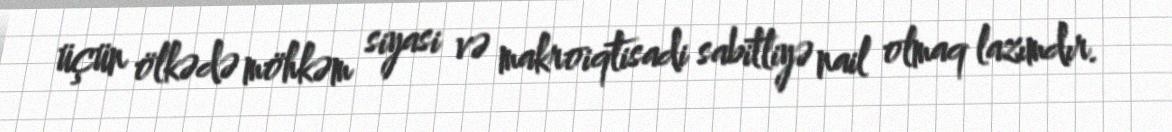
üçün ölkədə möhkəm siyasi və makroiqtisadi sabitliyə nail olmaq lazımdır.